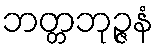
ဘတ္တဘုဉ္ဇနံ